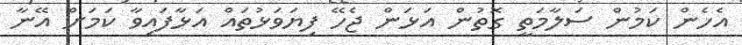
އެހެން ކަމުން ސަލާމަތީ ގޮތުން އަޅަން ޖެހޭ ފިޔަވަޅުތައް އަޅާފައިވާ ކަމަށް އޭނާ